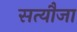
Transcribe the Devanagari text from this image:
सत्यौजा